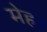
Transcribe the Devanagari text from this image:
मेह।